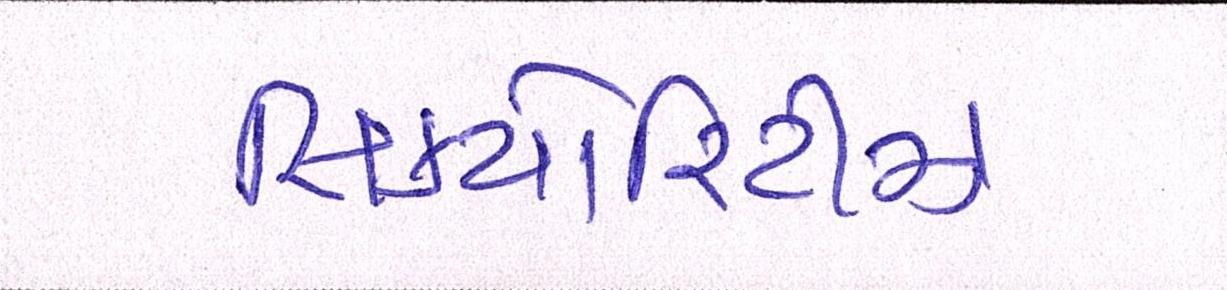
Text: સિક્યોરિટીઝ